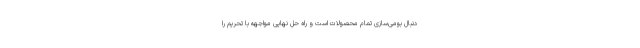
دنبال بومی‌سازی تمام محصولات است و راه حل نهایی مواجهه با تحریم را